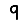
Digit: 9